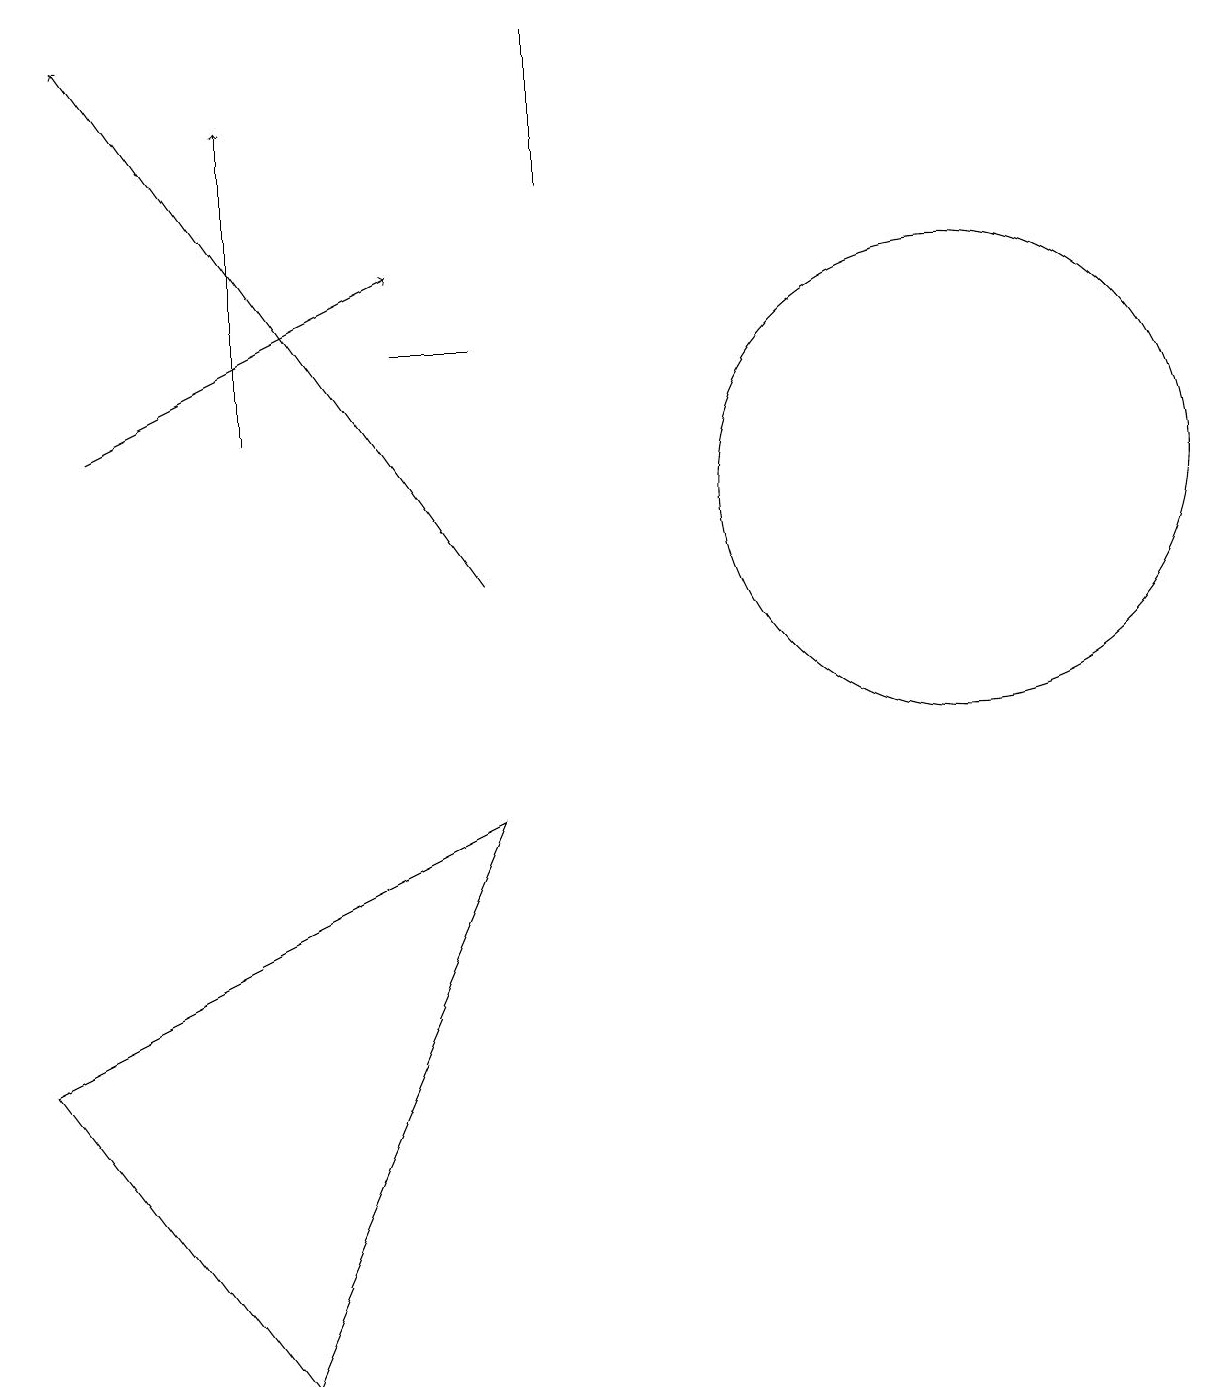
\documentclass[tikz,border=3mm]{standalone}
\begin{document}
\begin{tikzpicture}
\draw (12,11) circle (3);
\draw[->] (6,10) -- (1,17);
\draw (0,4) -- (6,7) -- (3,0) -- cycle;
\draw[->] (3,12) -- (3,16);
\draw[->] (1,12) -- (5,14);
\draw (7,17) rectangle (7,15);
\draw (6,13) rectangle (5,13);
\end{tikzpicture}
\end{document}